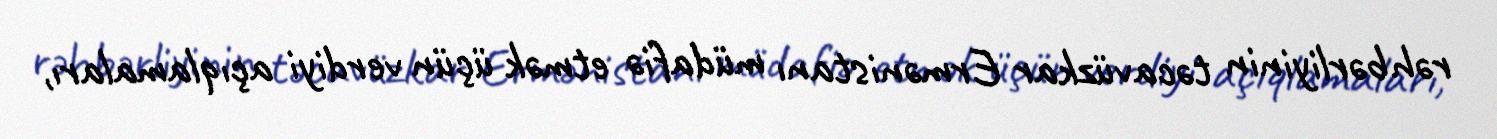
rəhbərliyinin təcavüzkar Ermənistanı müdafiə etmək üçün verdiyi açıqlamaları,